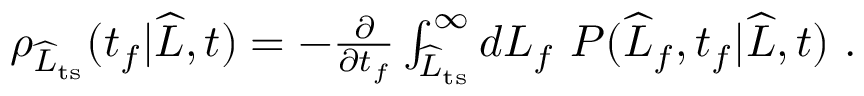
\begin{array} { r } { \rho _ { \widehat { L } _ { \mathrm { t s } } } ( t _ { f } | \widehat { L } , t ) = - \frac { \partial } { \partial t _ { f } } \int _ { \widehat { L } _ { \mathrm { t s } } } ^ { \infty } d L _ { f } \ P ( \widehat { L } _ { f } , t _ { f } | \widehat { L } , t ) \ . } \end{array}